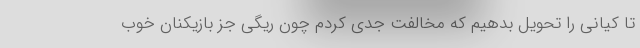
تا کیانی را تحویل بدهیم که مخالفت جدی کردم چون ریگی جز بازیکنان خوب